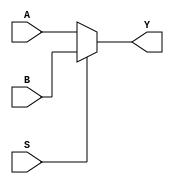
(* black_box *) module mux2 (S,A,B,Y);
    input S;
    input A,B;
    output reg Y;

    always @(*)
		Y = (S)? B : A;
endmodule

(* white_box *) module mux4 ( S, D, Y );

input[1:0] S;
input[3:0] D;
output Y;

reg Y;
wire[1:0] S;
wire[3:0] D;

always @*
begin
    case( S )
       0 : Y = D[0];
       1 : Y = D[1];
       2 : Y = D[2];
       3 : Y = D[3];
   endcase
end

endmodule